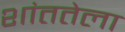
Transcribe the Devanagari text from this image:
शांततेला